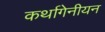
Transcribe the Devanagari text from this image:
कर्थागेनीयन